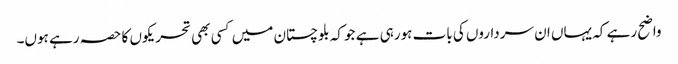
واضح رہے کہ یہاں ان سرداروں کی بات ہورہی ہے جو کہ بلوچستان میں کسی بھی تحریکوں کا حصہ رہے ہوں۔